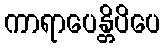
ကာရာပေန္တိပိပေ